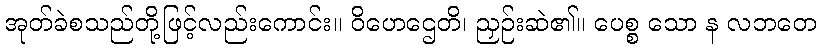
အုတ်ခဲစသည်တို့ဖြင့်လည်းကောင်း။ ဝိဟေဌေတိ၊ ညှဉ်းဆဲ၏။ ပေစ္စ သော န လဘတေ